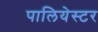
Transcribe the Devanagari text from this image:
पालियेस्टर